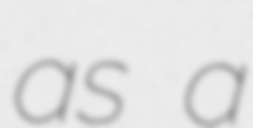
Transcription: as a